Annual vaccination report of Bihar and Orissa - 1911-1928
Year: 1911
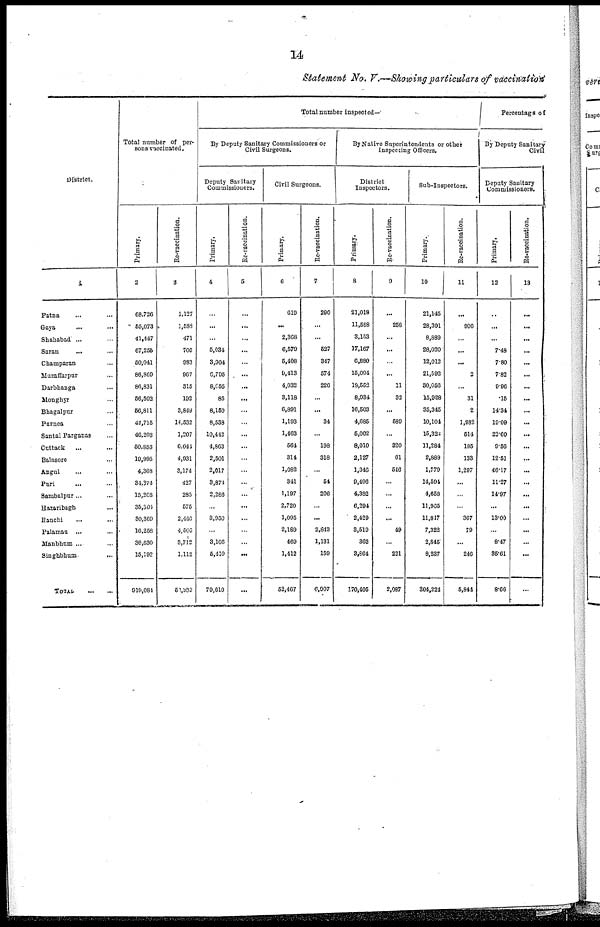
14
Statement No. V.—Showing particulars of vaccination
District.
1
Patna ... ...
Gaya
... ...
Shahabad ... ...
Saran
... ...
Champaran ...
Muzaffarpur ...
Darbhanga ...
Monghyr ...
Bhagalpur ...
Purnea ...
Santal Parganas ...
Cuttack ... ...
Balasore ...
Angul
... ...
Puri ... ...
Sambalpur... ...
Hazaribagh ...
Ranchi ... ...
Palamau ... ...
Manbhum ... ...
Singhbhum ...
TOTAL
...
...
Total number of per-
sons vaccinated.
Primary.
2
68,726
55,073
41,447
67,255
50,041
86,869
86,831
56,502
56,811
44,715
46,203
50,853
19,995
4,368
34,374
15,208
35,304
30,369
16,258
36,630
15,192
919,084
Re-vaccination.
3
1,127
1,588
471
705
983
967
315
192
3,849
14,532
1,207
6,044
4,931
3,174
427
285
575
2,440
4,505
3,712
1,112
53,339
Total number inspected—
By Deputy Sanitary Commissioners or
Civil Surgeons.
Deputy Sanitary
Commissioners.
Primary.
4
...
...
...
5,034
3,904
6,795
8,055
85
8,150
8,538
10,442
4,863
2,501
2,017
3,874
2,286
...
3,950
...
3,106
5,410
79,610
Re-vaccination.
5
...
...
...
...
...
...
...
...
...
...
...
...
...
...
...
...
...
...
...
...
...
...
Civil Surgeons.
Primary.
6
619
...
2,368
6,579
5,408
9,413
4,032
3,118
6,891
1,193
1,463
564
314
1,082
341
1,197
2,720
1,095
2,189
469
1,412
52,467
Re-vaccination.
7
290
...
...
527
347
574
226
...
...
34
...
198
318
...
54
206
...
...
2,843
1,131
159
6,907
By Native Superintendents or other
inspecting Officers.
District
Inspectors.
Primary.
8
21,018
11,588
3,153
17,167
6,880
15,094
18,552
8,934
16,503
4,685
5,002
8,010
2,127
1,346
9,496
4,382
6,294
2,429
3,519
362
3,864
170,405
Re-vaccination.
9
...
258
...
...
...
...
11
32
...
689
...
320
61
546
...
...
...
...
49
...
221
2,087
Sub-Inspectors.
Primary.
10
21,145
28,391
8,889
28,020
12,012
21,592
30,056
15,928
35,345
10,104
15,322
11,284
2,889
1,779
14,594
4,658
11,965
11,847
7,322
2,845
8,237
304,224
Re-vaccination.
11
...
906
...
...
...
2
...
31
2
1,982
514
195
133
1,297
...
...
...
367
79
...
246
5,844
Percentage of
By Deputy Sanitary
Civil
Deputy Sanitary
Commissioners.
Primary.
12
...
...
...
7.48
7.80
7.82
9.96
.15
14.34
19.09
22.60
9.56
12.51
46.17
11.27
14.97
...
13.00
...
8.47
35.61
8.66
Re-vaccination.
13
...
...
...
...
...
...
...
...
...
...
...
...
...
...
...
...
...
...
...
...
...
...